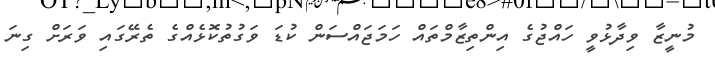
މުނީޒާ ވިދާޅުވީ ހައްޖުގެ އިންތިޒާމްތައް ހަމަޖައްސަން ކުޑަ ވަގުތުކޮޅެއްގެ ތެރޭގައި ވަރަށް ގިނަ